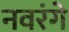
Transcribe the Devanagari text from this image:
नवरंगे